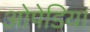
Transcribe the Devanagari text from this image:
ओपेडिया